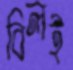
বিলই